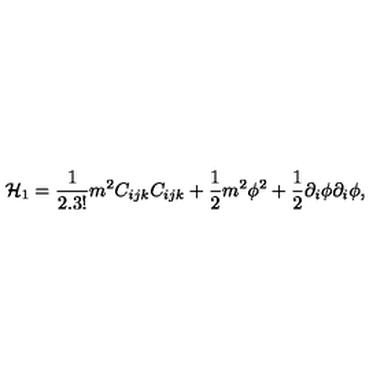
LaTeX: { \cal H } _ { 1 } = \frac { 1 } { 2 . 3 ! } m ^ { 2 } C _ { i j k } C _ { i j k } + \frac { 1 } { 2 } m ^ { 2 } \phi ^ { 2 } + \frac { 1 } { 2 } \partial _ { i } \phi \partial _ { i } \phi ,